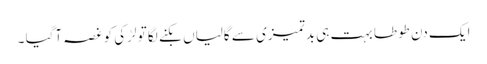
ایک دن طوطا بہت ہی بدتمیزی سے گالیاں بکنے لگا تو لڑکی کو غصہ آگیا ۔